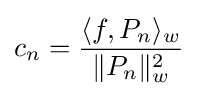
c_{n}={\langle f,P_{n}\rangle _{w} \over \|P_{n}\|_{w}^{2}}